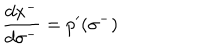
\: \frac { d x ^ { - } } { d \sigma ^ { - } } = p ^ { \prime } ( \sigma ^ { - } ) \: